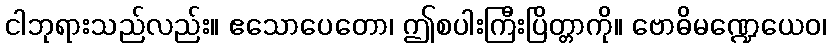
ငါဘုရားသည်လည်း။ ဧသောပေတော၊ ဤစပါးကြီးပြိတ္တာကို။ ဗောဓိမဏ္ဍေယေဝ၊